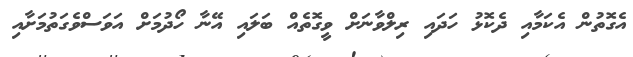
އެގޮތުން އެކަމާއި ދެކޮޅު ހަދައި ރިލްވާނަށް ވީގޮތެއް ބަލައި އޭނާ ހޯދުމަށް އަވަސްވެގަތުމަށާއި